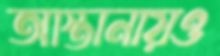
আস্তানায়ও